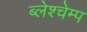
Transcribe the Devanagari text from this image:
ब्लेश्चेम्प